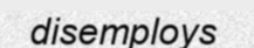
disemploys